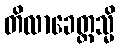
တိလာခေတ္တသ္မိ